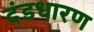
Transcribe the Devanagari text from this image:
दंडधारण